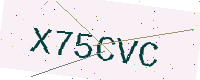
Text: X75CVC